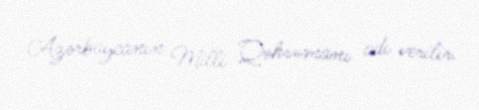
Azərbaycanın Milli Qəhrəmanı adı verilir.